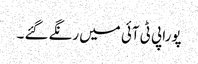
پورا پی ٹی آئی میں رنگے گئے ۔